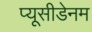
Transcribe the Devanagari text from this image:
प्यूसीडेनम